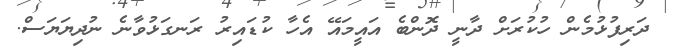
ދަރިފުޅުމެން ހުކުރަށް ދާނީ ދޮންބެ އައީމައޭ އެހާ ކުޑައިރު ރަނގަޅުވާނެ ނުދިޔަޔަސް.